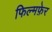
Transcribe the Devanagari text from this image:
फिल्मफ़ेर